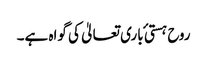
روح ہستی ٔ باری تعالیٰ کی گواہ ہے۔